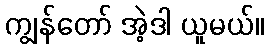
ကျွန်တော် အဲ့ဒါ ယူမယ်။